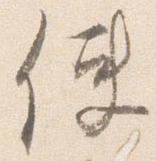
使